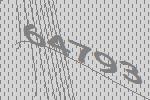
64793